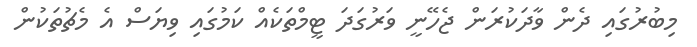
މިބުރުގައި ދެން ވާދަކުރަން ޖެހޭނީ ވަރުގަދަ ޓީމްތަކެއް ކަމުގައި ވިޔަސް އެ މެޗުތަކުން